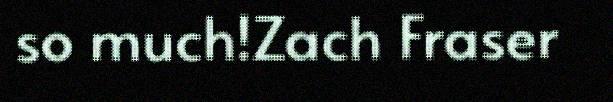
so much!Zach Fraser